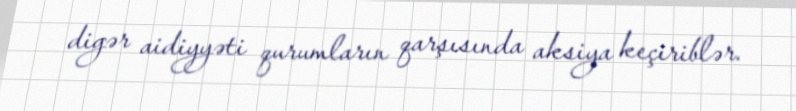
digər aidiyyəti qurumların qarşısında aksiya keçiriblər.